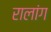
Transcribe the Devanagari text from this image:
रालांग